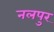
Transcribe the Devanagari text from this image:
नलपुर